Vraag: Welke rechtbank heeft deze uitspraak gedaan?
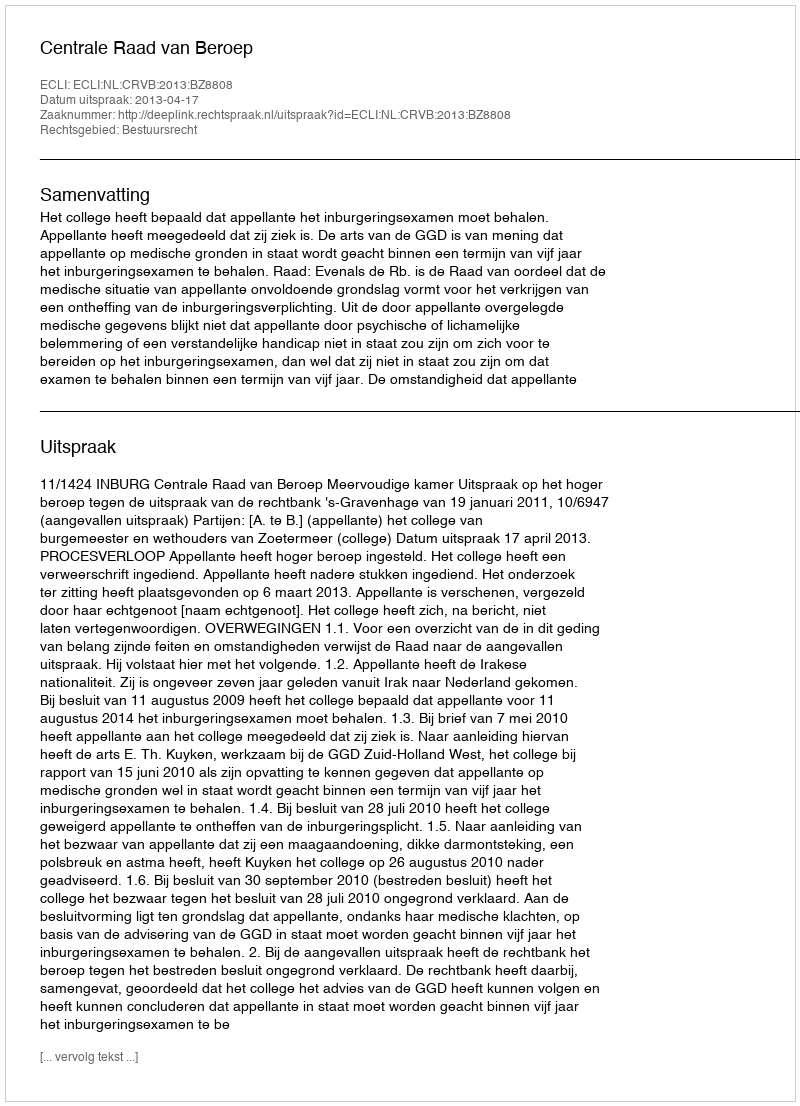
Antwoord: Centrale Raad van Beroep